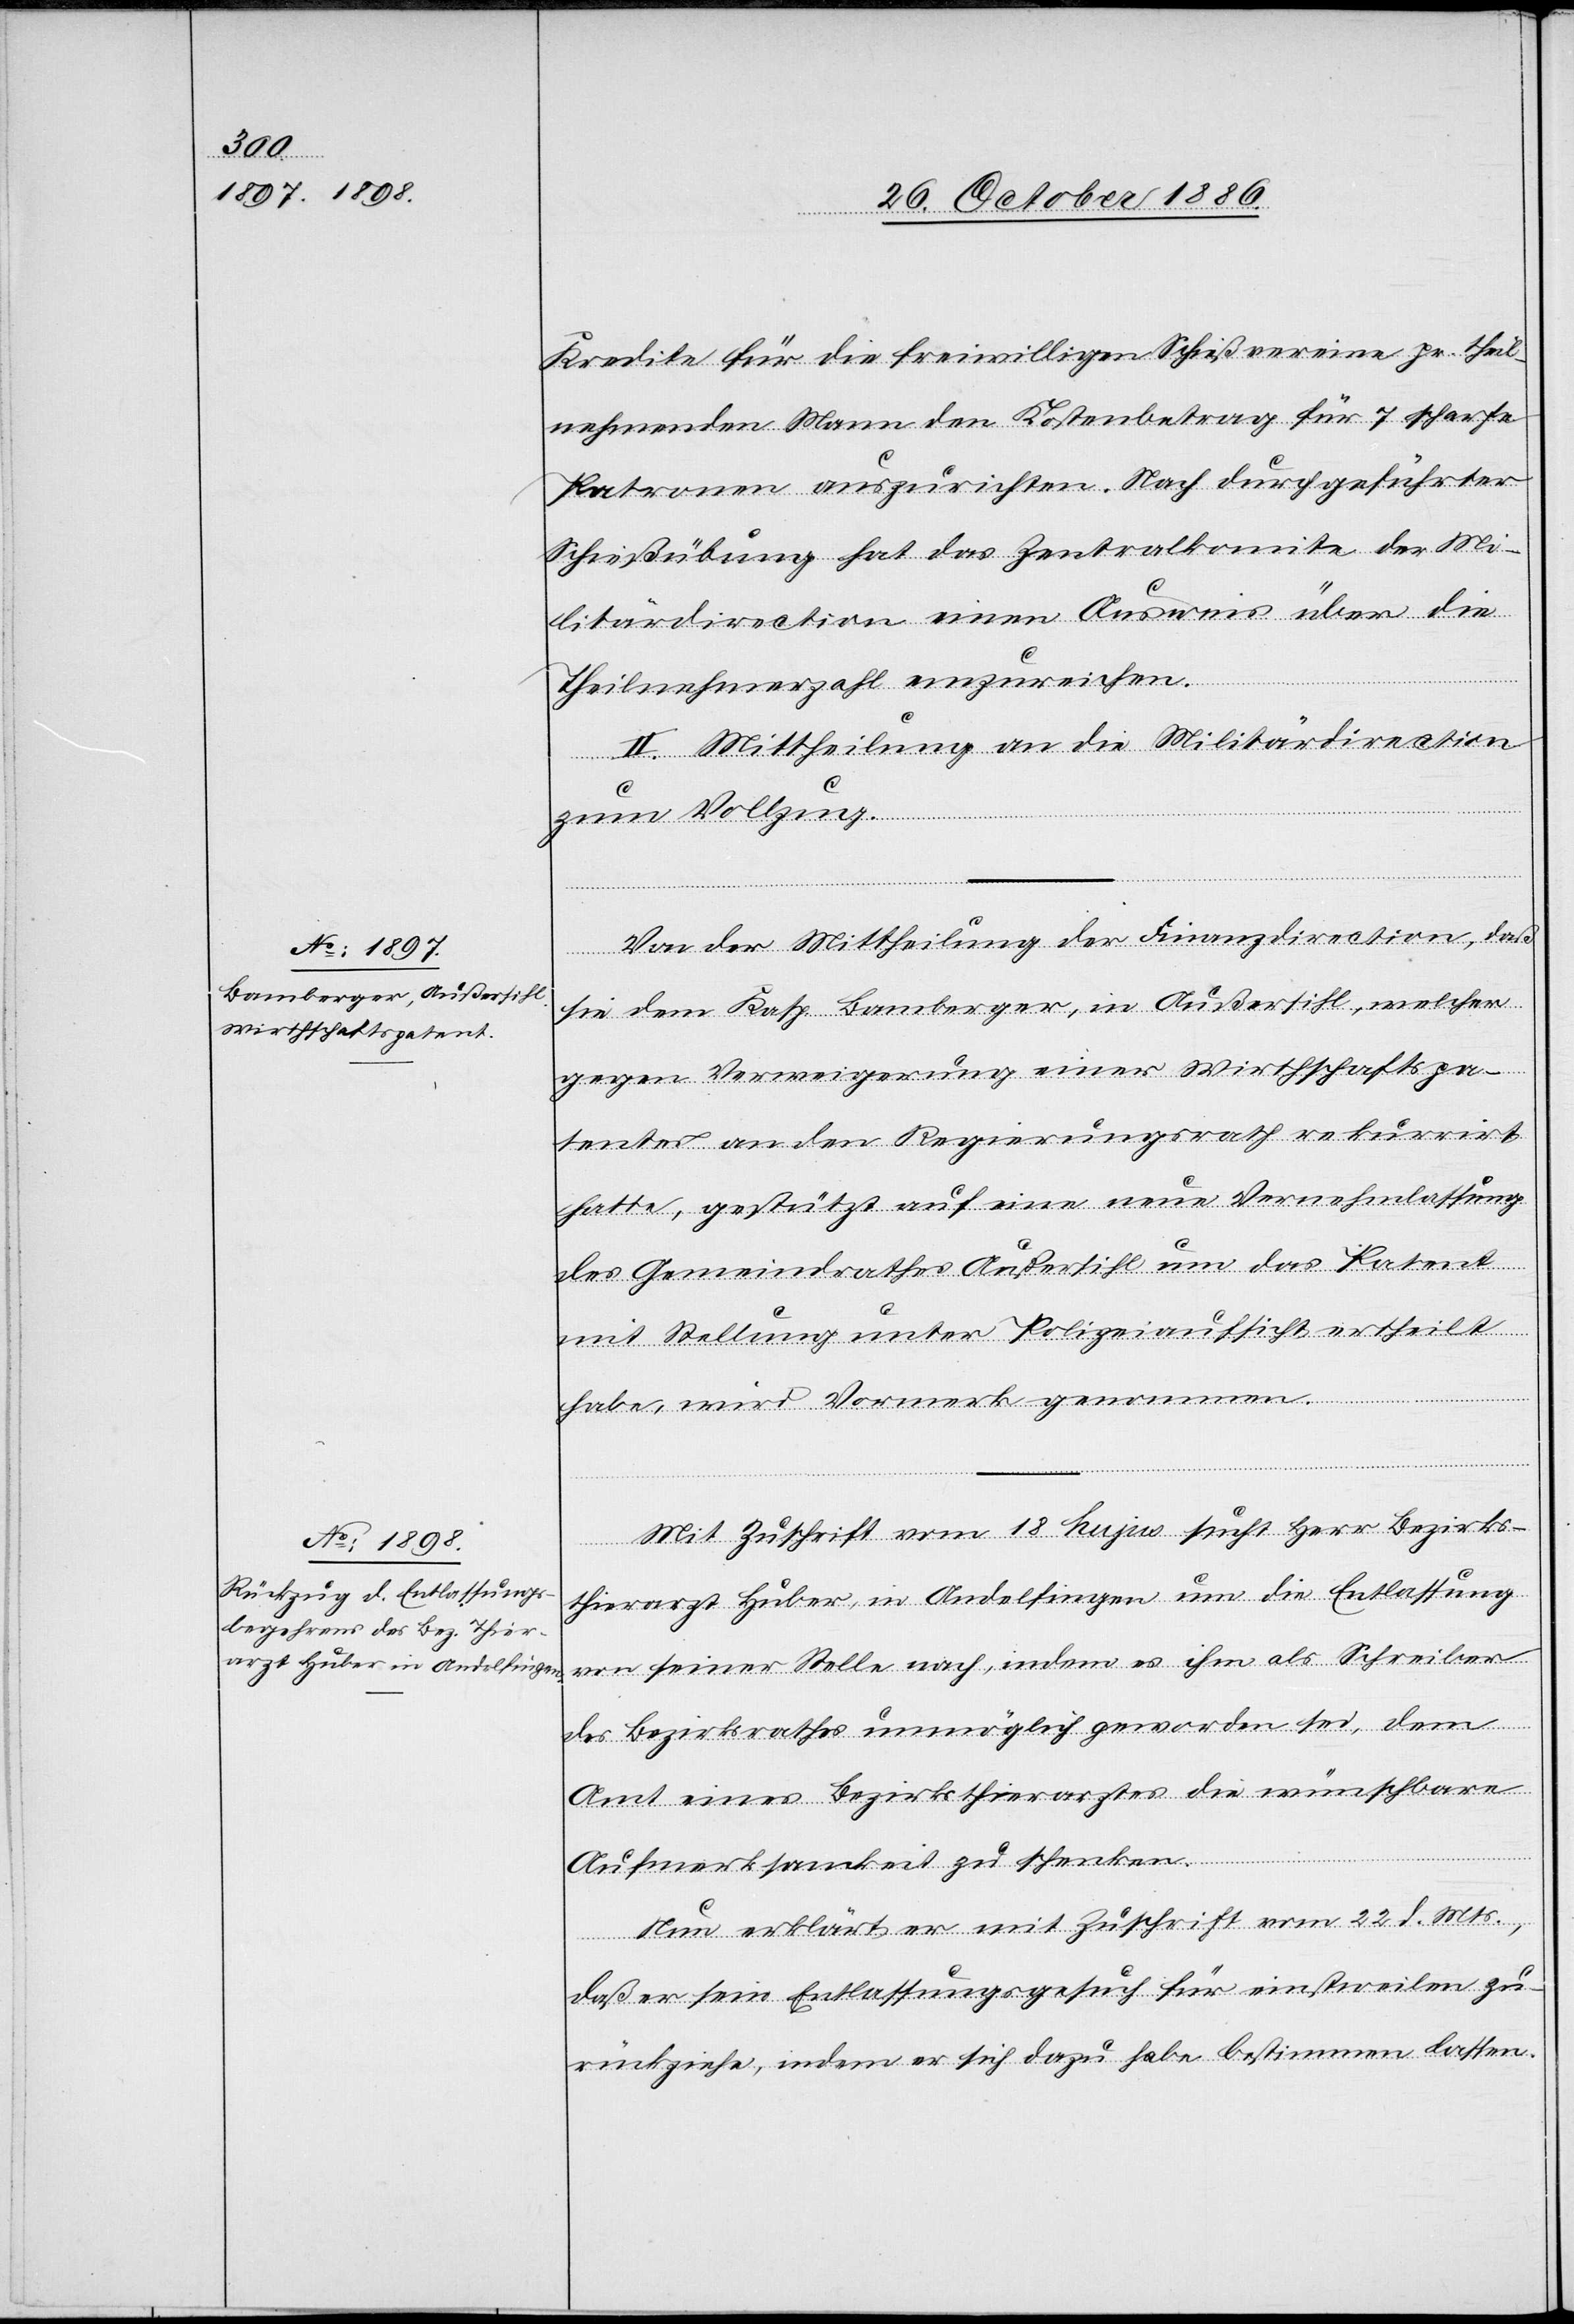
Wirthschaftspaten¬

genommen.
Kredite für die freiwilligen Schießvereine pr. theil¬
nehmenden Mann den Kostenbetrag für 7 scharfe
Patronen auszurichten. Nach durchgeführter
Schießübung hat das Zentralkomite der Mi¬
litärdirection einen Ausweis über die
Theilnehmerzahl einzureichen.
II. Mittheilung an die Militärdirection
zum Vollzug.
Von der Mittheilung der Finanzdirection, daß
sie dem Kasp. Bamberger, in Außersihl, welcher
tes an den Regierungsrath rekurrirt
hatte, gestützt auf eine neue Vernehmlassung
des Gemeindrathes Außersihl um das Patent
mit Stellung unter Polizeiaufsicht ertheilt
Mit Zuschrift vom 18. hujus sucht Herr Bezirks¬
Vormerk
thierarzt Huber, in Andelfingen um die Entlassung
von seiner Stelle nach, indem es ihm als Schreiber
des Bezirksrathes unmöglich geworden sei, dem
Amt eines Bezirksthierarztes die wünschbare
Aufmerksamkeit zu schenken.
Nun erklärt er mit Zuschrift vom 22. d. Mts.,
daß er sein Entlassungsgesuch für einstweilen zu¬
rückziehe, indem er sich dazu habe bestimmen lassen.